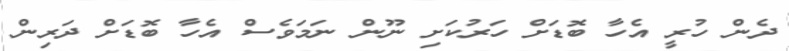
ދެން ހުރީ އެހާ ބޮޑަށް ހަރުކަށި ނޫން ނަމަވެސް އެހާ ބޮޑަށް ދަރިން